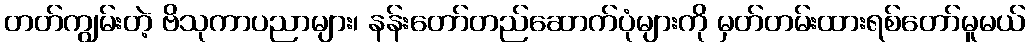
တတ်ကျွမ်းတဲ့ ဗိသုကာပညာများ၊ နန်းတော်တည်ဆောက်ပုံများကို မှတ်တမ်းထားရစ်တော်မူမယ်